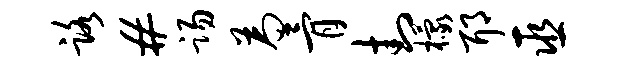
路#踢为骨封檬耶巫